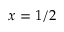
x = 1 / 2